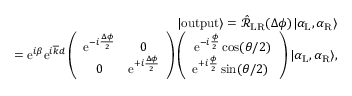
\begin{array} { r l r } & { } & { | \mathrm { o u t p u t } \rangle = \hat { \mathcal { R } } _ { \mathrm { L R } } ( \Delta \phi ) | \alpha _ { \mathrm { L } } , \alpha _ { \mathrm { R } } \rangle } \\ & { } & { = \mathrm { e } ^ { i \beta } \mathrm { e } ^ { i \overline { { k } } d } \left( \begin{array} { c c } { \mathrm { e } ^ { - i \frac { \Delta \phi } { 2 } } } & { 0 } \\ { 0 } & { \mathrm { e } ^ { + i \frac { \Delta \phi } { 2 } } } \end{array} \right) \left( \begin{array} { c } { \mathrm { e } ^ { - i \frac { \phi } { 2 } } \cos ( \theta / 2 ) } \\ { \mathrm { e } ^ { + i \frac { \phi } { 2 } } \sin ( \theta / 2 ) \ } \end{array} \right) | \alpha _ { \mathrm { L } } , \alpha _ { \mathrm { R } } \rangle , } \end{array}